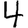
Digit: 4